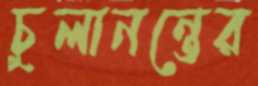
চুলানন্তের